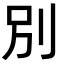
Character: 別